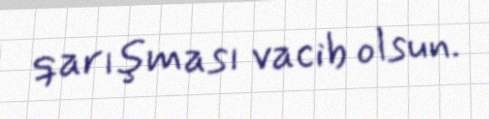
qarışması vacib olsun.